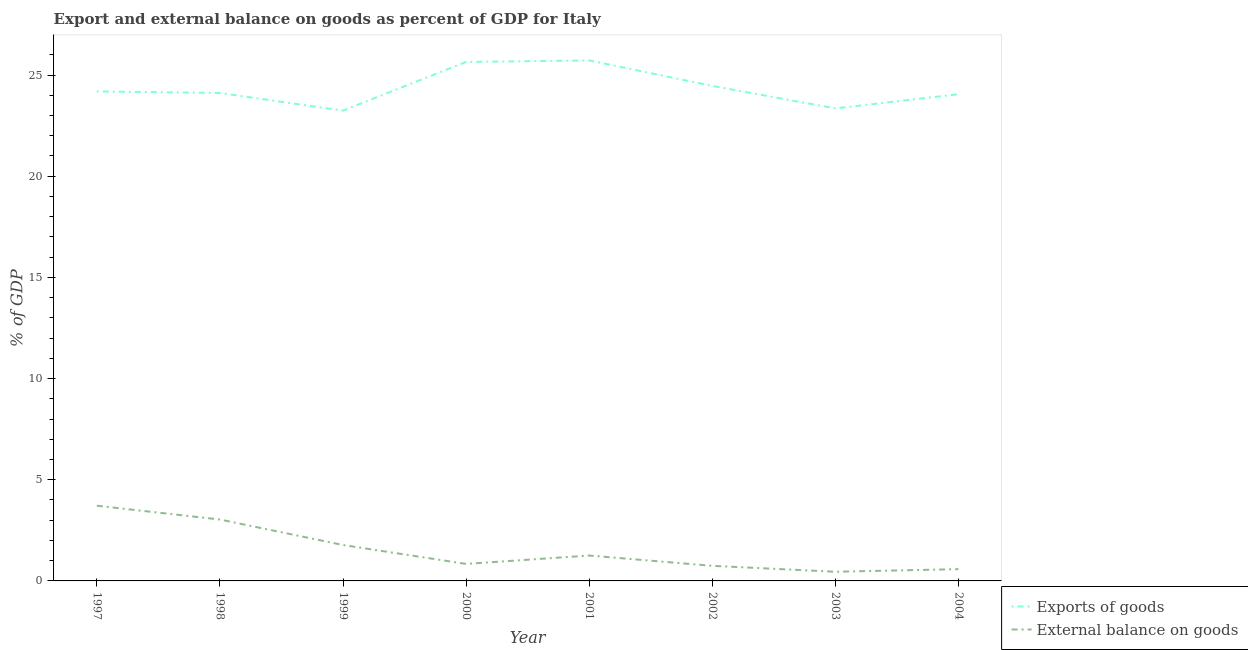
| Year | Exports of goods | External balance on goods |
 | --- | --- | --- |
 | 1997 | 24.2 | 3.72 |
 | 1998 | 24.1 | 3.03 |
 | 1999 | 23.2 | 1.78 |
 | 2000 | 25.6 | 0.841 |
 | 2001 | 25.7 | 1.25 |
 | 2002 | 24.5 | 0.746 |
 | 2003 | 23.4 | 0.453 |
 | 2004 | 24.1 | 0.582 |